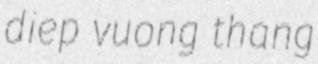
diep vuong thang